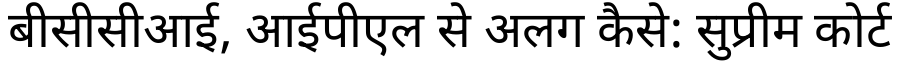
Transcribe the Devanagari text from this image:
बीसीसीआई, आईपीएल से अलग कैसे: सुप्रीम कोर्ट